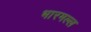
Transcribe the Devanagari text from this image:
भारमल्ल